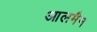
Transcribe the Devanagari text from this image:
आलमैन